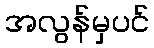
အလွန်မှပင်